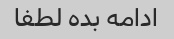
ادامه بده لطفا